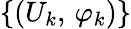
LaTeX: \{ (U_{k},\, \varphi_{k})\}